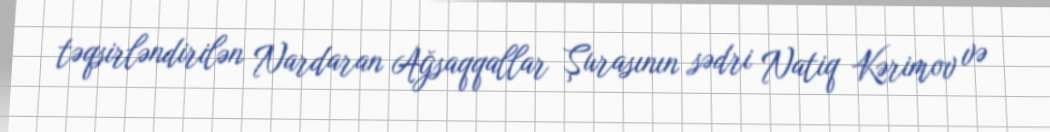
təqsirləndirilən Nardaran Ağsaqqallar Şurasının sədri Natiq Kərimov və